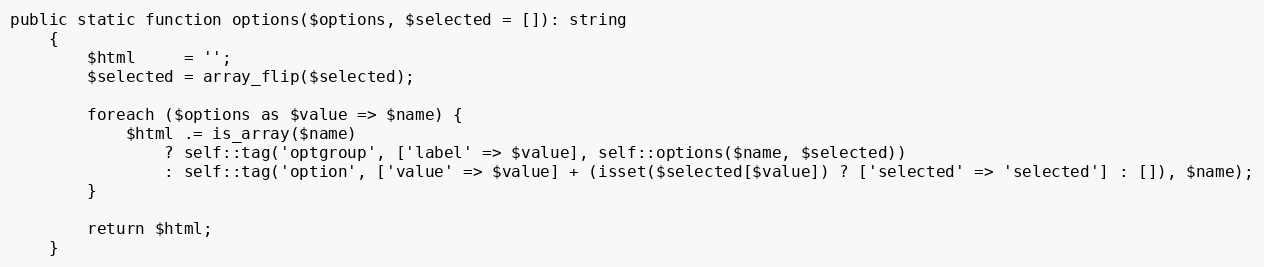
Language: PHP
public static function options($options, $selected = []): string
    {
        $html     = '';
        $selected = array_flip($selected);

        foreach ($options as $value => $name) {
            $html .= is_array($name)
                ? self::tag('optgroup', ['label' => $value], self::options($name, $selected))
                : self::tag('option', ['value' => $value] + (isset($selected[$value]) ? ['selected' => 'selected'] : []), $name);
        }

        return $html;
    }